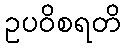
ဥပဝိစရတိ